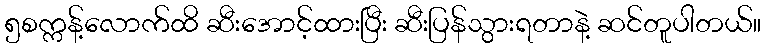
၅စက္ကန့်လောက်ထိ ဆီးအောင့်ထားပြီး ဆီးပြန်သွားရတာနဲ့ ဆင်တူပါတယ်။